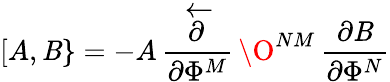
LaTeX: [A,\mathit{B}\} =-A\, {\frac{{\stackrel{\leftarrow}{\partial}}}{{\partial\Phi^{M}}}}\, \O^{NM}\, {\frac{{\partial\mathit{B}}}{{\partial\Phi^{N}}}}